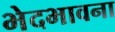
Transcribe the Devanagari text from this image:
भेदभावना